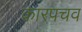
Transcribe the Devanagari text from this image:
कारपचव